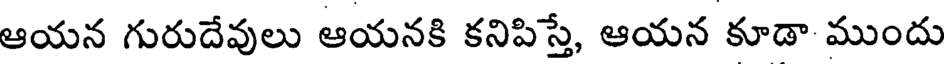
ఆయన గురుదేవులు ఆయనకి కనిపిస్తే, ఆయన కూడా ముందు